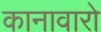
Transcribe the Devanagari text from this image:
कानावारो